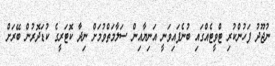
ނުޖޫދު ފަހުންކުރި ޓްވީޓެއްގައި ބުނެފައިވަނީ އަނިޔާއިން ސަލާމަތްވުމަށް ނިދާ ކޮޓަރީގެ ކުޑަދޮރުން ބޭރަށް